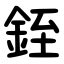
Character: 銍